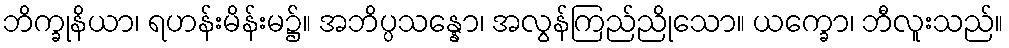
ဘိက္ခုနိယာ၊ ရဟန်းမိန်းမ၌။ အဘိပ္ပသန္နော၊ အလွန်ကြည်ညိုသော။ ယက္ခော၊ ဘီလူးသည်။